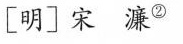
\left[ 明\right] 宋濂^{②}